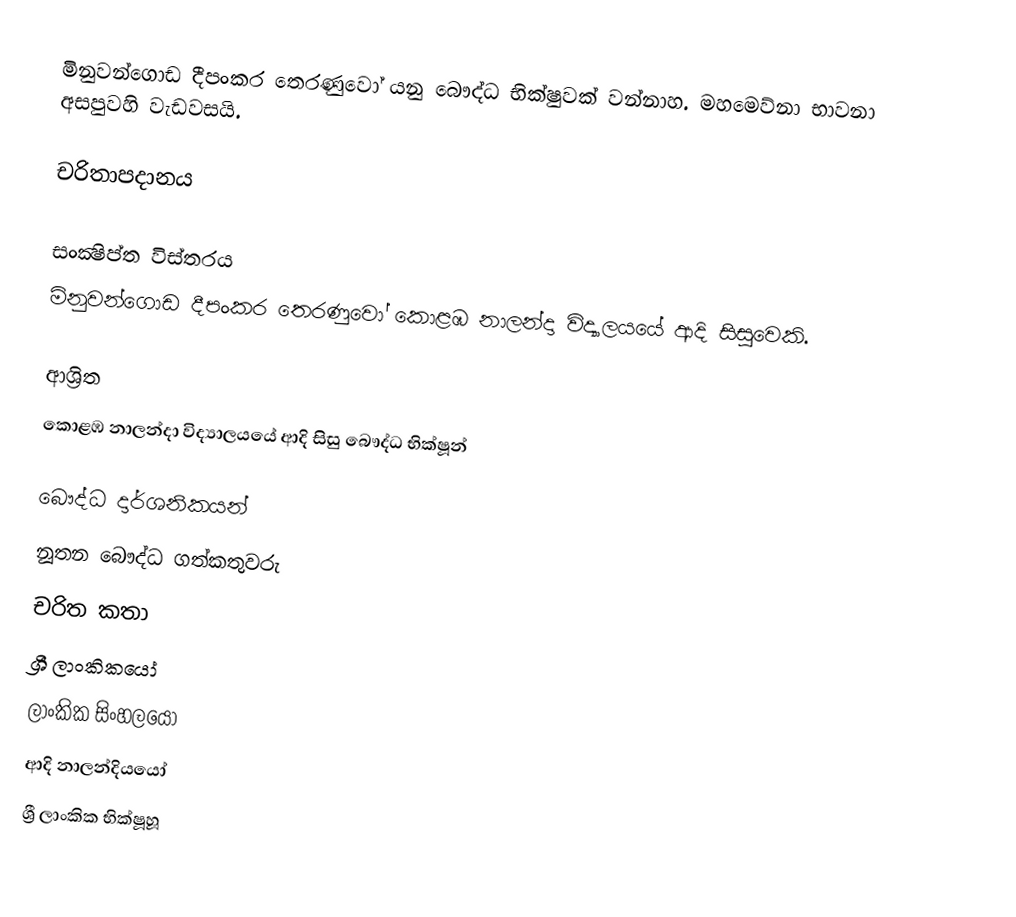
මිනුවන්ගොඩ දීපංකර තෙරණුවෝ යනු බෞද්ධ භික්ෂුවක් වන්නාහ. මහමෙව්නා භාවනා අසපුවහි වැඩවසයි.

චරිතාපදානය

සංක්‍ෂිප්ත විස්තරය
මිනුවන්ගොඩ දීපංකර තෙරණුවෝ කොළඹ නාලන්දා විද්‍යාලයයේ ආදි සිසුවෙකි.

ආශ්‍රිත
කොළඹ නාලන්දා විද්‍යාලයයේ ආදි සිසු බෞද්ධ භික්ෂූන්

බෞද්ධ දාර්ශනිකයන්
නූතන බෞද්ධ ගත්කතුවරු
චරිත කතා
ශ්‍රී ලාංකිකයෝ
ලාංකික සිංහලයෝ
ආදි නාලන්දියයෝ
ශ්‍රී ලාංකික භික්ෂූහූ